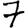
Digit: 7